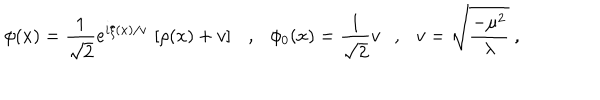
LaTeX: \phi ( x ) = \frac { 1 } { \sqrt { 2 } } e ^ { i \xi ( x ) / v } \, \left[ \rho ( x ) + v \right] \ \ \ , \ \ \ \phi _ { 0 } ( x ) = \frac { 1 } { \sqrt { 2 } } v \ \ \ , \ \ \ v = \sqrt { \frac { - \mu ^ { 2 } } { \lambda } } \ ,